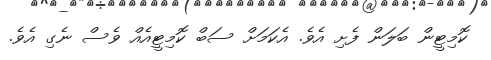
ކޮމިޓީން ބަލަން ފެށި އެވެ. އެކަމަށް ސަބް ކޮމިޓީއެއް ވެސް ނެގި އެވެ.